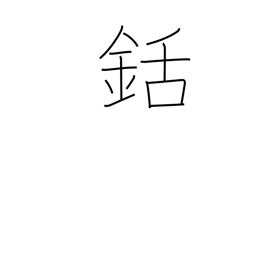
Meaning: harpoon